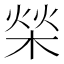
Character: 𣓳